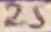
Text: 25